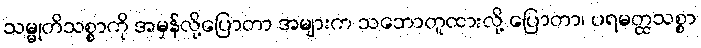
သမ္မုတိသစ္စာကို အမှန်လို့ပြောတာ အများက သဘောတူထားလို့ ပြောတာ၊ ပရမတ္ထသစ္စာ